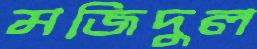
মজিদুল